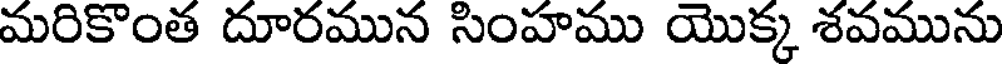
మరికొంత దూరమున సింహము యొక్క శవమును